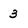
Character: 3